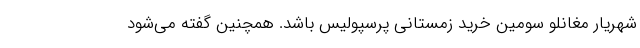
شهریار مغانلو سومین خرید زمستانی پرسپولیس باشد. همچنین گفته می‌شود